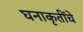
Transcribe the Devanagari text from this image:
घनाकृतींचे